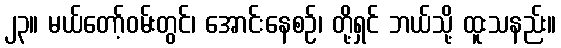
၂၃။ မယ်တော့်ဝမ်းတွင်၊ အောင်းနေစဉ်၊ တို့ရှင် ဘယ်သို့ ထူးသနည်း။